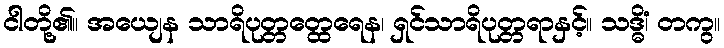
ငါတို့၏။ အယျေန သာရိပုတ္တတ္ထေရေန၊ ရှင်သာရိပုတ္တရာနှင့်။ သဒ္ဓိံ၊ တကွ။